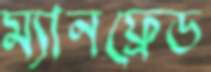
ম্যানফ্রেড